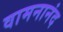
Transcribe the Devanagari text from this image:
वामनानंद